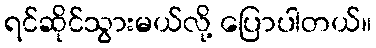
ရင်ဆိုင်သွားမယ်လို့ ပြောပါတယ်။